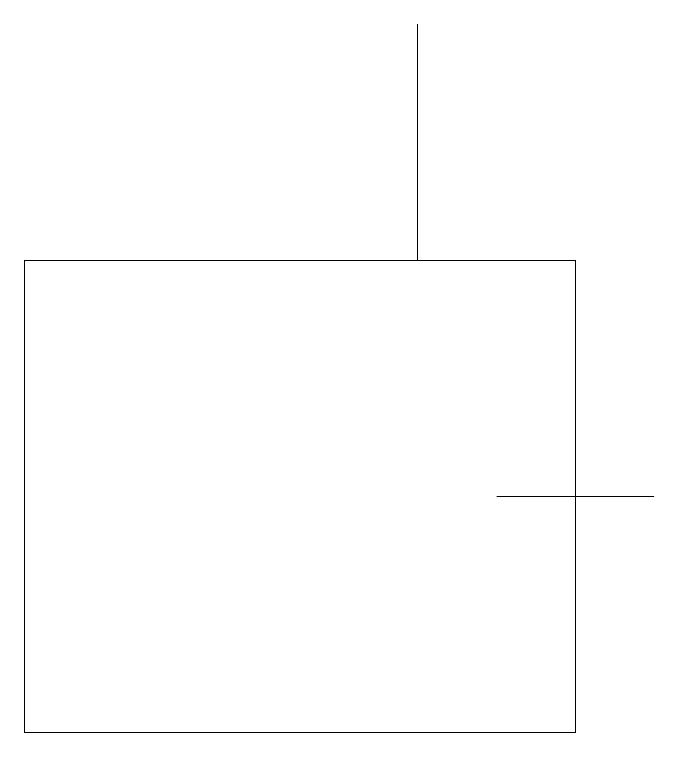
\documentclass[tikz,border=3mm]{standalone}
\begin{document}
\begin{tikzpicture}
\draw (6,19) rectangle (6,16);
\draw (8,10) rectangle (1,16);
\draw (9,13) rectangle (7,13);
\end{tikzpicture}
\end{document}